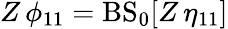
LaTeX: Z\, \phi_{11}=\mathrm{BS}_{0}[Z\, \eta_{11}]